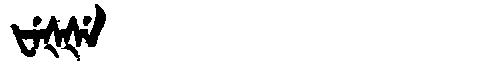
Manchu: ᡶᡝᡧᡧᡝ
Romanization: FEŠŠE